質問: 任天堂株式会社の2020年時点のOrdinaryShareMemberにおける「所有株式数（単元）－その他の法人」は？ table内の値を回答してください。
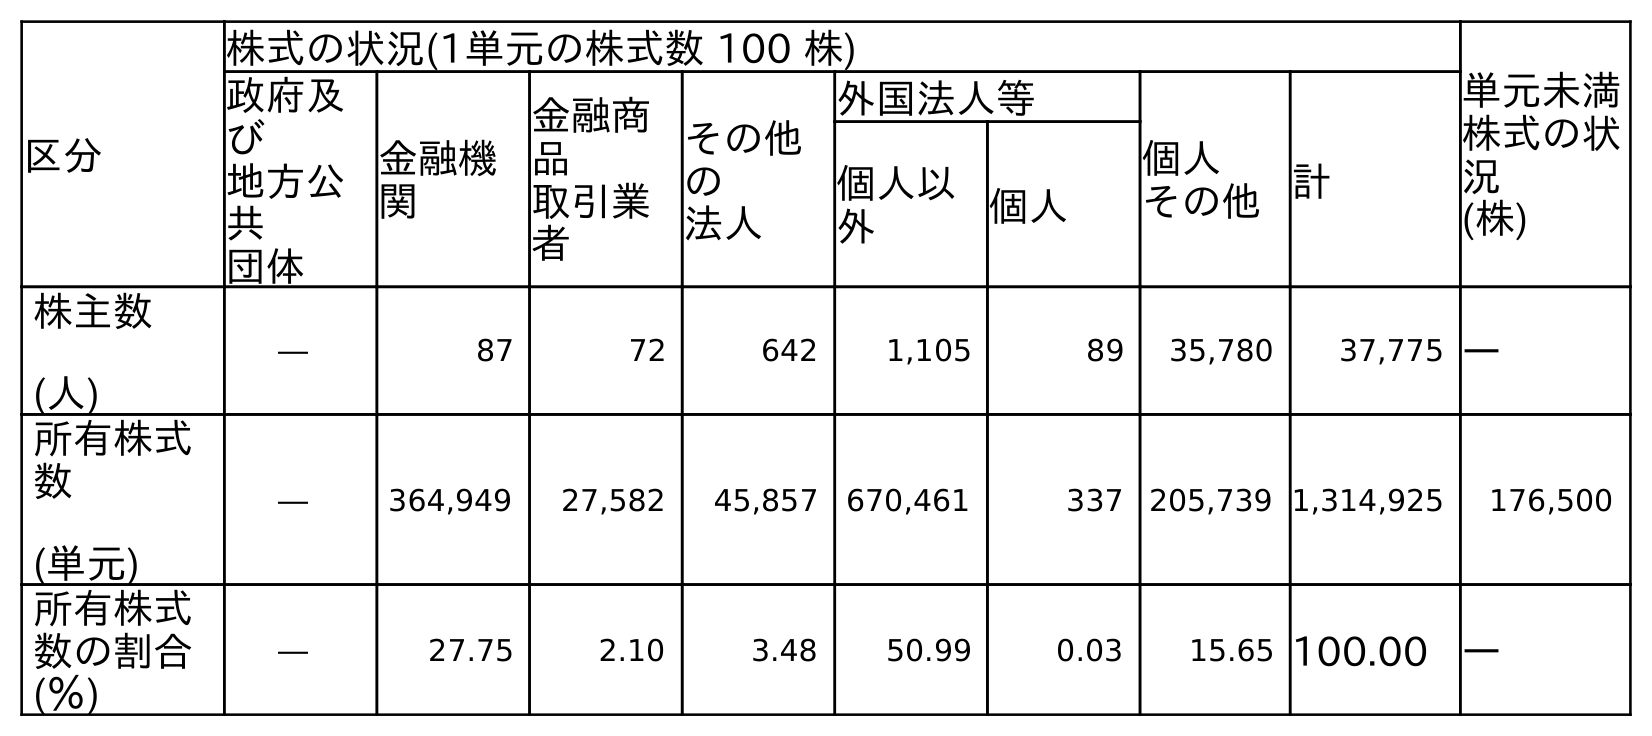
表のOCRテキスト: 区分 株式の状況(1単元の株式数 100 株) 単元未満 株式の状 況 (株) 政府及 び 地方公 共 団体 金融機 関 金融商 品 取引業 者 その他 の 法人 外国法人等 個人 その他計 個人以 外 個人 株主数 (人) ― 87 72 642 1,105 89 35,780 37,775 ― 所有株式 数 (単元) ― 364,949 27,582 45,857 670,461 337 205,739 1,314,925 176,500 所有株式 数の割合 (％) ― 27.75 2.10 3.48 50.99 0.03 15.65 100.00 ―
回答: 45,857